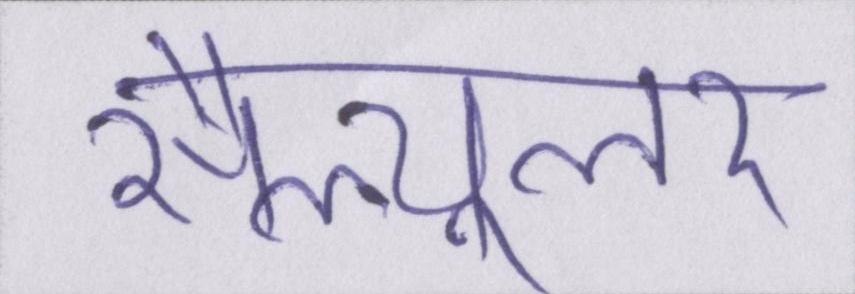
सैल्यूलर